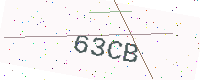
Text: 63CB